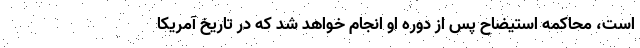
است، محاکمه استیضاح پس از دوره او انجام خواهد شد که در تاریخ آمریکا